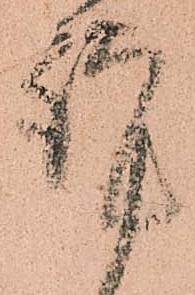
謹